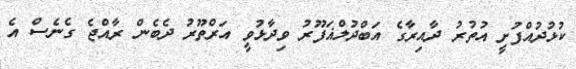
ކުޅުދުއްފުށީ އުތުރު ދާއިރާގެ އަބްދުލްޣަފޫރު ވިދާޅުވީ އަރްތޫރު ދެބެން ރާއްޖެ ގެނެސް އެ